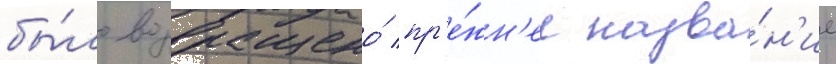
бы́ло возвращено́ пр'е́жн'ее назва́н'ие